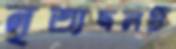
নৃত্যদলটি